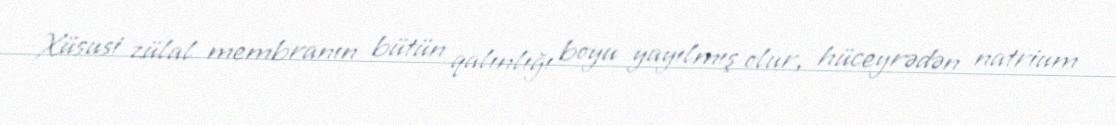
Xüsusi zülal membranın bütün qalınlığı boyu yayılmış olur, hüceyrədən natrium